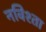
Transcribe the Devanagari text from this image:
नविश्ता